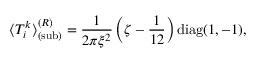
\langle T _ { i } ^ { k } \rangle _ { { \mathrm { ( s u b ) } } } ^ { ( R ) } = \frac { 1 } { 2 \pi \xi ^ { 2 } } \left( \zeta - \frac { 1 } { 1 2 } \right) { \mathrm { d i a g } } ( 1 , - 1 ) ,